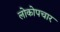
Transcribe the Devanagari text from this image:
लोकोपचार